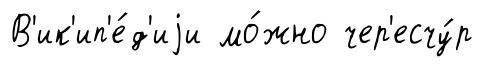
В'ик'ип'е́д'иjи мо́жно чер'есчу́р